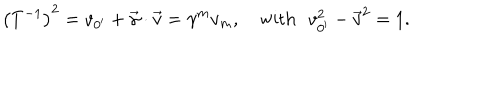
\left( T ^ { - 1 } \right) ^ { 2 } = v _ { 0 ^ { \prime } } + \vec { \gamma } \cdot \vec { v } = \gamma ^ { m } v _ { m } , \quad \mathrm { { w i t h \, \, \, \, } } v _ { 0 ^ { \prime } } ^ { 2 } - \vec { v } ^ { 2 } = 1 . \mathrm { { \, } }